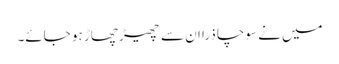
میں نے سوچا ذرا ان سے چھیڑ چھاڑ ہو جائے۔